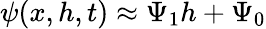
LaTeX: \psi(x,h,t)\approx\Psi_{1}h+\Psi_{0}